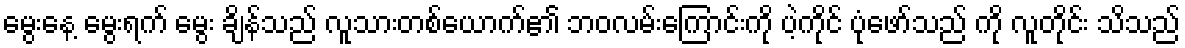
မွေးနေ့ မွေးရက် မွေး ချိန်သည် လူသားတစ်ယောက်၏ ဘဝလမ်းကြောင်းကို ပဲ့ကိုင် ပုံဖော်သည် ကို လူတိုင်း သိသည်